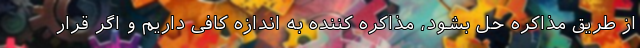
از طریق مذاکره حل بشود، مذاکره کننده به اندازه کافی داریم و اگر قرار